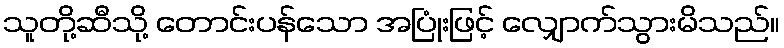
သူတို့ဆီသို့ တောင်းပန်သော အပြုံးဖြင့် လျှောက်သွားမိသည်။